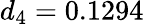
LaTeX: d_{4}=0.1294